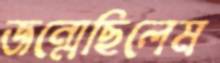
জন্মেছিলেম